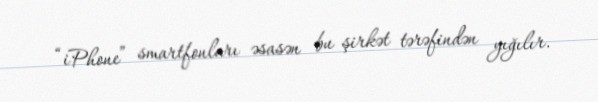
“iPhone” smartfonları əsasən bu şirkət tərəfindən yığılır.